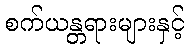
စက်ယန္တရားများနှင့်